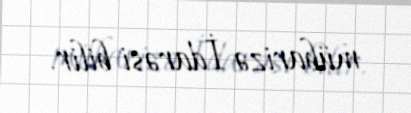
mübarizə İdarəsi bilir.